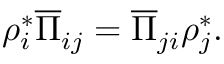
\rho _ { i } ^ { * } \overline { { \Pi } } _ { i j } = \overline { { \Pi } } _ { j i } \rho _ { j } ^ { * } .